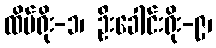
ထိပ်ရိုး-၁၊ ဦးခေါင်းရိုး-၉၊